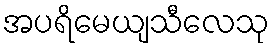
အပရိမေယျသီလေသု